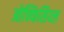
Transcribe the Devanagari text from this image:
ओफ्फिसिय्ल